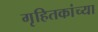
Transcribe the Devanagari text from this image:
गृहितकांच्या